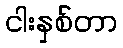
ငါးနှစ်တာ